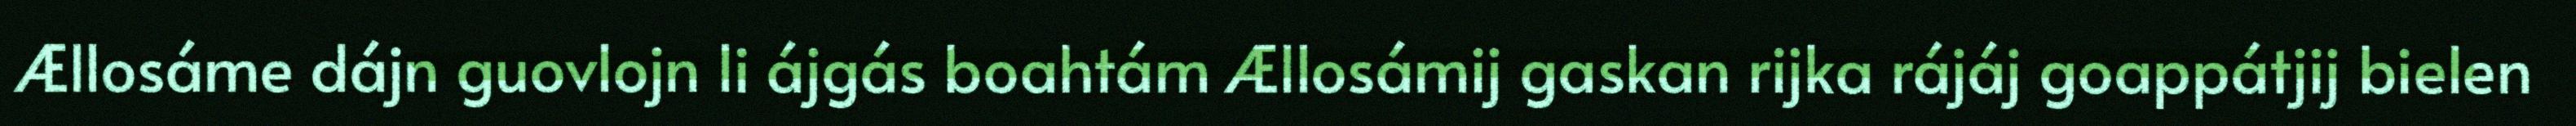
Ællosáme dájn guovlojn li ájgás boahtám Ællosámij gaskan rijka rájáj goappátjij bielen